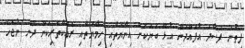
ފިތުނަ ފަސާދަ އުފައްދަން އުޅޭ ބަޔަަކަށް އިނާޔަތާއި ހިމާޔަތާއި ރައްކާތެރިކަން ދޭން ނުޖެހޭ